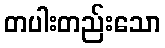
တပါးတည်းသော